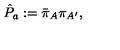
{ \hat { P } } _ { a } : = { \bar { \pi } } _ { A } { \pi } _ { A ^ { \prime } } ,